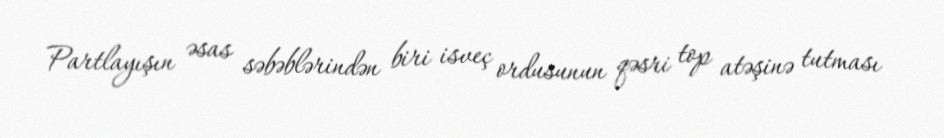
Partlayışın əsas səbəblərindən biri isveç ordusunun qəsri top atəşinə tutması